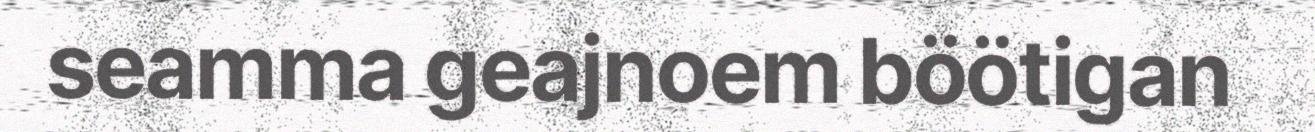
seamma geajnoem böötigan